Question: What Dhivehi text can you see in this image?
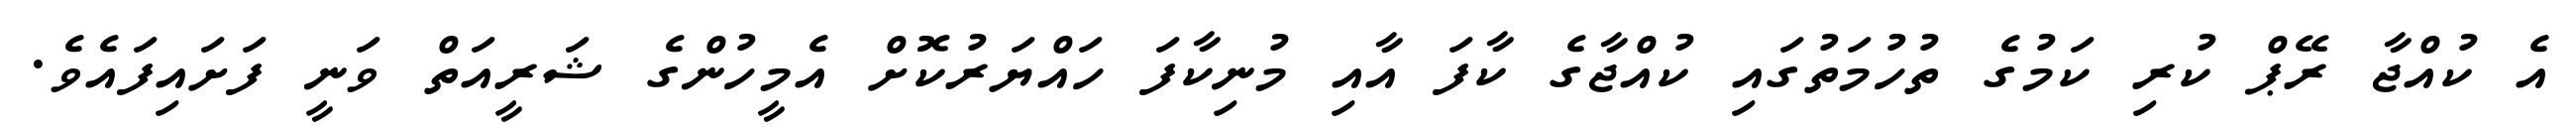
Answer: އެ ކުއްޖާ ރޭޕް ކުރި ކަމުގެ ތުހުމަތުގައި ކުއްޖާގެ ކާފަ އާއި މުނިކާފަ ހައްޔަރުކޮށް އެމީހުންގެ ޝަރީއަތް ވަނީ ފަށައިފައެވެ.